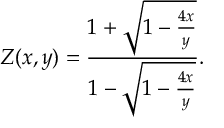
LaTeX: Z ( x , y ) = \frac { 1 + \sqrt { 1 - \frac { 4 x } { y } } } { 1 - \sqrt { 1 - \frac { 4 x } { y } } } .